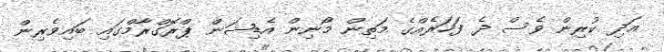
އަދި ކުރިން ވެސް ދެ ފަހަރެއްގެ މަތިން މޯނިން އެޑިޝަން ޕްރޮގްރާމްގައި ބައިވެރިން